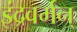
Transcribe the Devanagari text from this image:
इंद्रवर्मन्‌